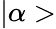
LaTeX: |\alpha>